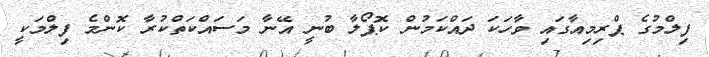
ފިލްމުގެ ޕްރިމިއާގައި ވާހަކަ ދައްކަމުން ކޮޕޯލާ ބުނީ އޭނާ މަސައްކަތްކުރާ ކޮންމެ ފިލްމަކީ